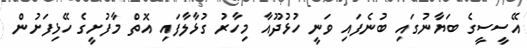
އޭސީސީގެ ބަޔާނުގައި ބުނެފައި ވަނީ ހުޅުދޫއާ މިހާރު ގުޅާލާފައި އޮތް މާފުށީގެ ހޭޅިފަށުން